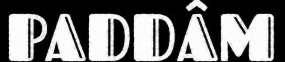
PADDÂM